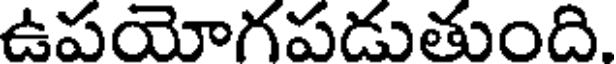
ఉపయోగపడుతుంది.